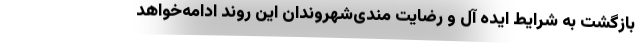
بازگشت به شرایط ایده آل و رضایت مندی‌شهروندان این روند ادامه‌خواهد